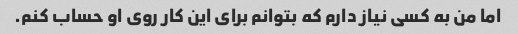
اما من به کسی نیاز دارم که بتوانم برای این کار روی او حساب کنم.